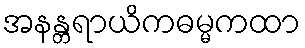
အနန္တရာယိကဓမ္မကထာ